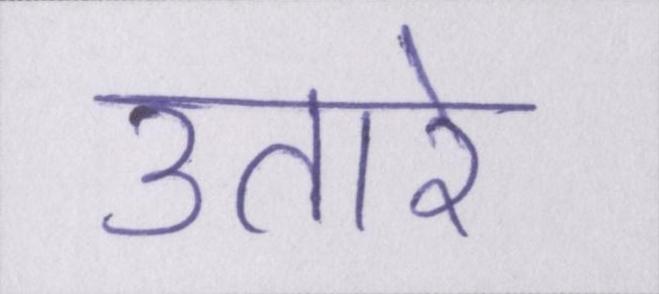
उतारे